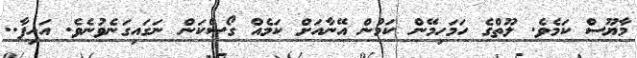
މާޔޫސް ކަމެވެ. ލޫތްގެ ހަމަހިމޭން ކަމުން އޭނާއަށް ކަމެއް ގޯސްކަން ނަގައިގަނެވުނެވެ. އައިފާ..